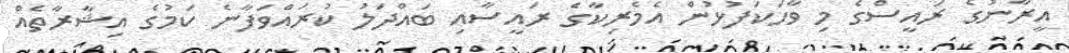
އީރާނުގެ ރައީސްގެ މި ވާހަކަފުޅުން އެމެރިކާގެ ރައީސާއި ބައްދަލު ކުރައްވަފާނެ ކަމުގެ އިޝާރާތެއް